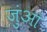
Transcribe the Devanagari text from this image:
जुंआं